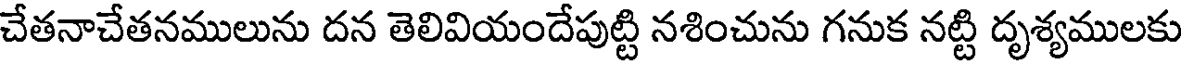
చేతనాచేతనములును దన తెలివియందేపుట్టి నశించును గనుక నట్టి దృశ్యములకు